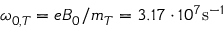
\omega _ { 0 , T } = e B _ { 0 } / m _ { T } = 3 . 1 7 \cdot 1 0 ^ { 7 } \mathrm { s } ^ { - 1 }